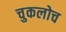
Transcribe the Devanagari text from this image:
चुकलोच